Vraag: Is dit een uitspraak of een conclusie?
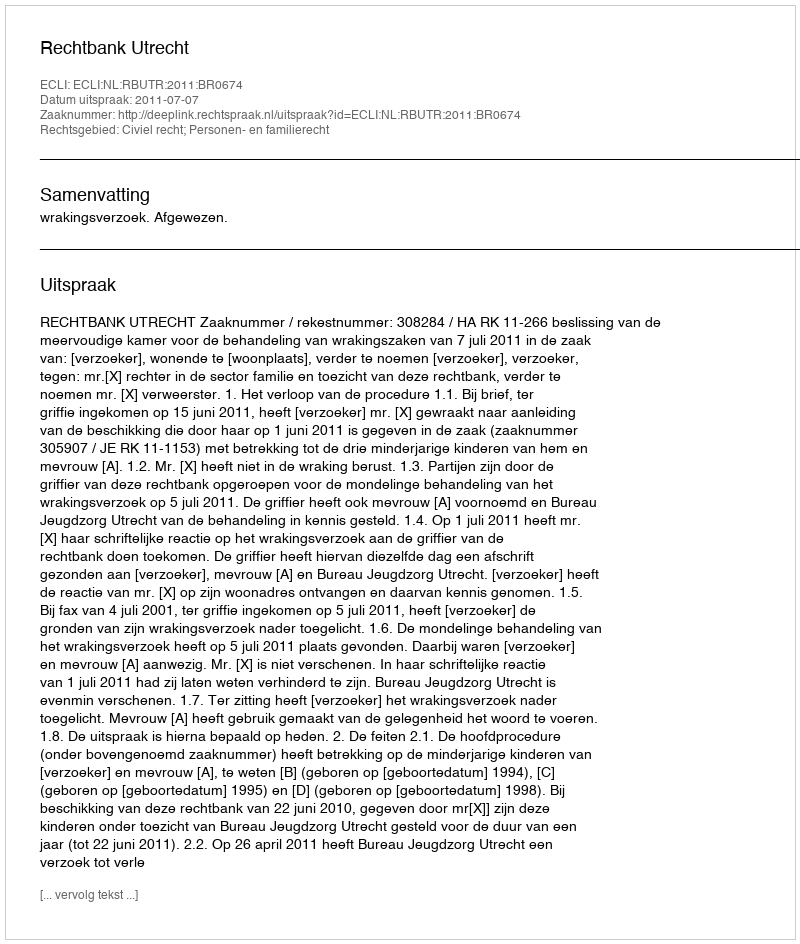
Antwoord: Uitspraak